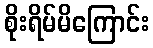
စိုးရိမ်မိကြောင်း